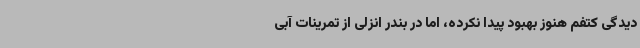
دیدگی کتفم هنوز بهبود پیدا نکرده، اما در بندر انزلی از تمرینات آبی